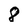
Character: 8